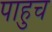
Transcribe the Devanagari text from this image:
पाहुच